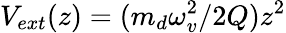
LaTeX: V_{ext}(z)=(m_{d}\omega_{v}^{2}/2Q)z^{2}